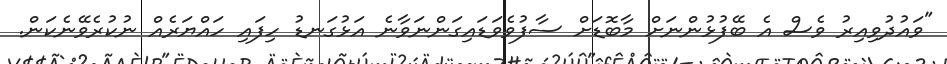
"ވައުދުވިއިރު ވެސް އެ ބޭފުޅުންނަށް މާބޮޑަށް ސާފުވެވަޑައިގަންނަވާނެ އަޅުގަނޑު ހިފައި ހައްޔަރެއް ނުކުރެވޭނެކަން.